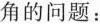
角的问题：